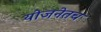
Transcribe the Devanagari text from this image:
योजनेतच